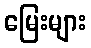
မြေးများ